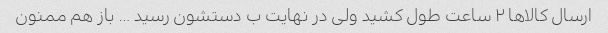
ارسال کالاها ٢ ساعت طول کشید ولی در نهایت ب دستشون رسید … باز هم ممنون